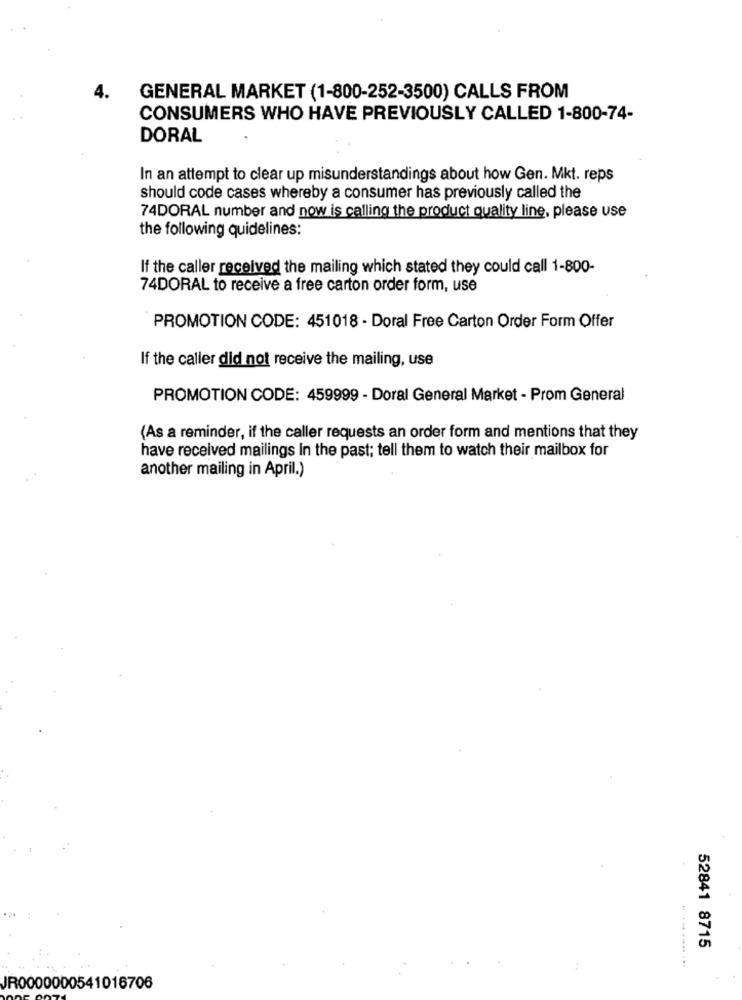
GENERAL MARKET (1-800-252-3500) CALLS FROM
CONSUMERS WHO HAVE PREVIOUSLY CALLED 1-800-74-
DORAL
In an attempt to clear up misunderstandings about how Gen. Mkt. reps
should code cases whereby a consumer has previously called the
74DORAL number and now is calling the product quality line, please use
the following quidelines:
If the caller received the mailing which stated they could call 1-800-
74DORAL to receive a free carton order form, use
PROMOTION CODE: 451018 - Doral Free Carton Order Form Offer
If the caller did not receive the mailing, use
PROMOTION CODE: 459999 - Doral General Market - Prom General
(As a reminder, if the caller requests an order form and mentions that they
have received mailings In the past; tell them to watch their mailbox for
another mailing in April.)
52841 8715
JR0000000541016706